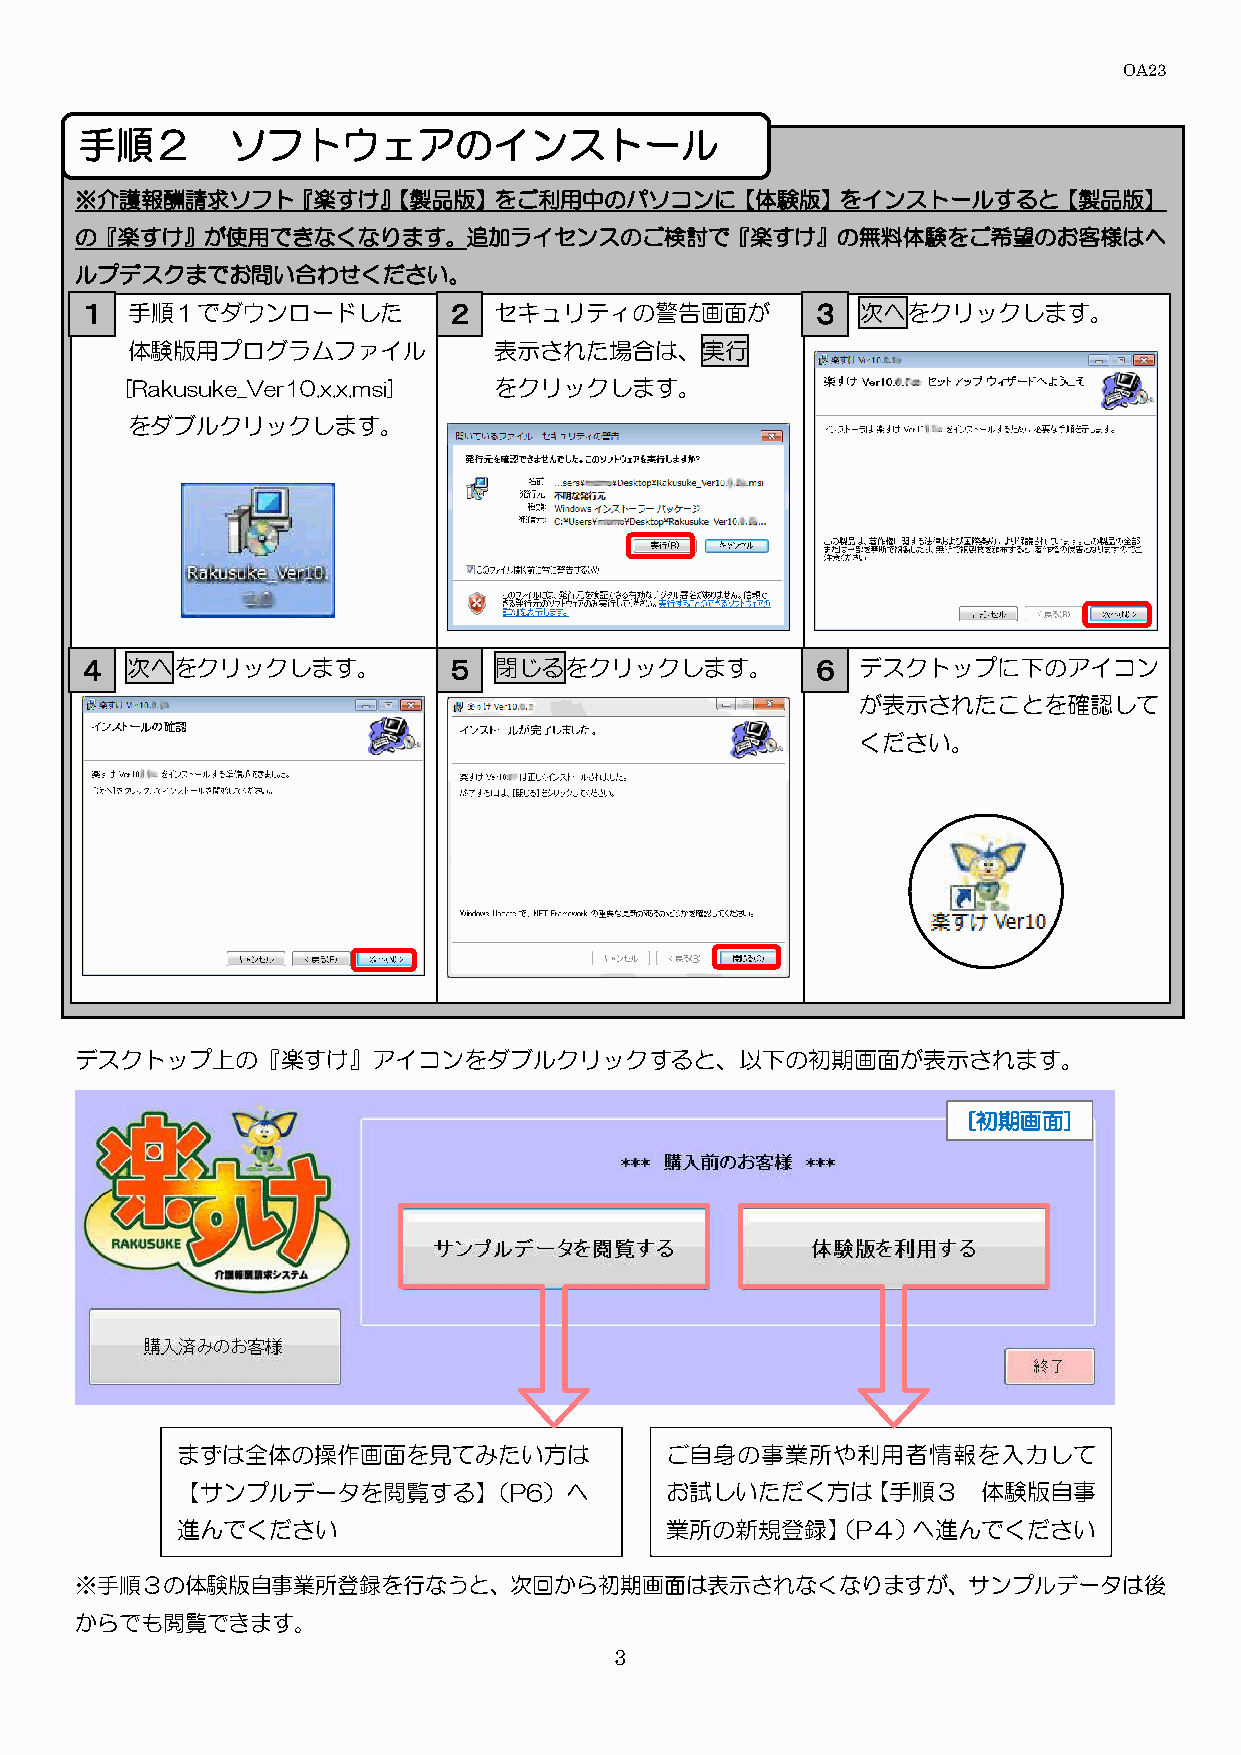
OA23
 手順２       ソフトウェアのインストール
 ※介護報酬請求ソフト『楽すけ』【製品版】をご利用中のパソコンに【体験版】をインストールすると【製品版】
 の『楽すけ』が使用できなくなります。追加ライセンスのご検討で『楽すけ』の無料体験をご希望のお客様はヘ
 ルプデスクまでお問い合わせください。
 １  手順１でダウンロードした          ２  セキュリティの警告画面が         ３  次へをクリックします。
 体験版用プログラムファイル            表示された場合は、実行
 [Rakusuke_Ver10.x.x.msi] をクリックします。
 をダブルクリックします。
 ４  次へをクリックします。           ５  閉じるをクリックします。         ６  デスクトップに下のアイコン
 が表示されたことを確認して
 ください。
 デスクトップ上の『楽すけ』アイコンをダブルクリックすると、以下の初期画面が表示されます。
 [初期画面]
 まずは全体の操作画面を見てみたい方は              ご自身の事業所や利用者情報を入力して
 【サンプルデータを閲覧する】（P6）へ             お試しいただく方は【手順３        体験版自事
 進んでください                         業所の新規登録】（P４）へ進んでください
 ※手順３の体験版自事業所登録を行なうと、次回から初期画面は表示されなくなりますが、サンプルデータは後
 からでも閲覧できます。
 3